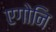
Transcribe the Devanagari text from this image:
एगोनि